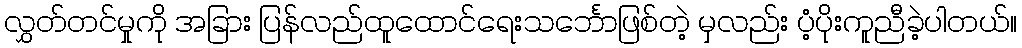
လွှတ်တင်မှုကို အခြား ပြန်လည်ထူထောင်ရေးသင်္ဘောဖြစ်တဲ့ မှလည်း ပံ့ပိုးကူညီခဲ့ပါတယ်။